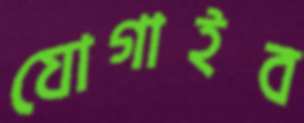
যোগাইব